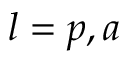
l = p , a